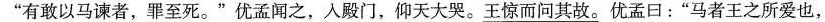
”有敢以马谏者，罪至死。”优孟闻之，人殿门，仰天大哭。\underline{王惊而问其故。}优孟日：”马者王之所爱也，